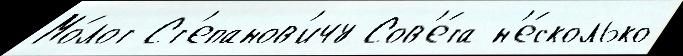
Мо́лот Ст'епанов'ичу Сов'е́та н'е́сколько